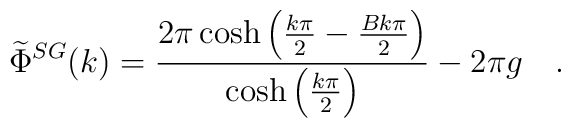
\widetilde{\Phi }^{SG}(k)=\frac{2\pi \cosh \left( \frac{k\pi }{2}-\frac{Bk\pi }{2}\right)}{\cosh \left( \frac{k\pi }{2}\right) }-2\pi g\quad .